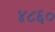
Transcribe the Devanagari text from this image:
४८६०